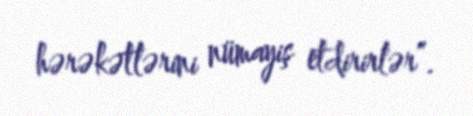
hərəkətlərini nümayiş etdirirlər”.